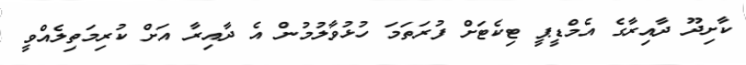
ކާށިދޫ ދާއިރާގެ އެމްޑީޕީ ޓިކެޓަށް ފުރަތަމަ ހުޅުވާލުމުން އެ ދާއިރާ އަށް ކުރިމަތިލެއްވީ